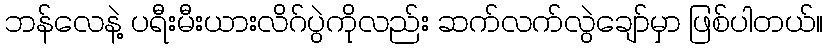
ဘန်လေနဲ့ ပရီးမီးယားလိဂ်ပွဲကိုလည်း ဆက်လက်လွဲချော်မှာ ဖြစ်ပါတယ်။